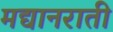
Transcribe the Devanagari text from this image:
मद्यानराती